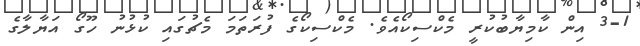
3-1 އިން ކާމިޔާބުކުރީ މެކްސިކޯއެވެ. މެކްސިކޯގެ ފުރަތަމަ މެޗުގައި ކުޅުނު ހޫގޯ އަޔާލާގެ